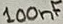
Text: 100nF